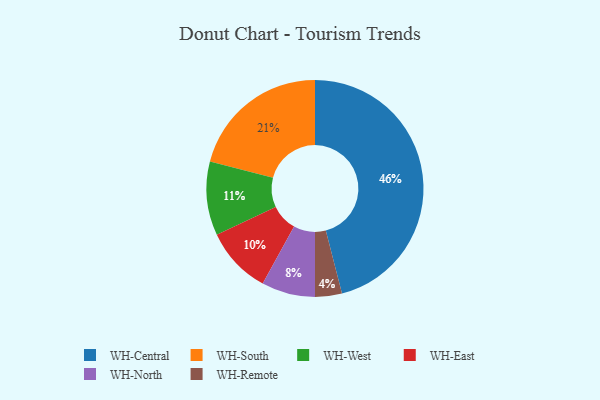
{"axis": {"x": "Category", "y": "Percentage"}, "legend": ["WH-Central", "WH-East", "WH-North", "WH-Remote", "WH-South", "WH-West"], "data": [{"x": "WH-North", "y": 8, "type": "WH-North"}, {"x": "WH-Central", "y": 46, "type": "WH-Central"}, {"x": "WH-South", "y": 21, "type": "WH-South"}, {"x": "WH-East", "y": 10, "type": "WH-East"}, {"x": "WH-West", "y": 11, "type": "WH-West"}, {"x": "WH-Remote", "y": 4, "type": "WH-Remote"}]}